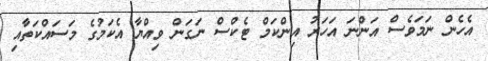
އެހެން ނަމަވެސް އަންނަ އަހަރު އިންކަމް ޓެކްސް ނަގަން ވިއްޔާ އެކަމުގެ މަސައްކަތާއި